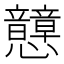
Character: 𢥺